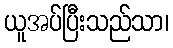
ယူအပ်ပြီးသည်သာ၊